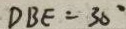
D B E = 3 0 ^ { \circ }